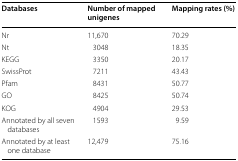
<table><thead><tr><td><b>Databases</b></td><td><b>Number of mapped unigenes</b></td><td><b>Mapping rates (%)</b></td></tr></thead><tbody><tr><td>Nr</td><td>11,670</td><td>70.29</td></tr><tr><td>Nt</td><td>3048</td><td>18.35</td></tr><tr><td>KEGG</td><td>3350</td><td>20.17</td></tr><tr><td>SwissProt</td><td>7211</td><td>43.43</td></tr><tr><td>Pfam</td><td>8431</td><td>50.77</td></tr><tr><td>GO</td><td>8425</td><td>50.74</td></tr><tr><td>KOG</td><td>4904</td><td>29.53</td></tr><tr><td>Annotated by all seven databases</td><td>1593</td><td>9.59</td></tr><tr><td>Annotated by at least one database</td><td>12,479</td><td>75.16</td></tr></tbody></table>